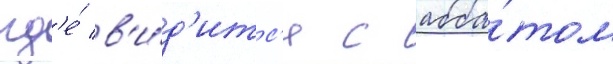
гд'е́ в'и́д'итс'я с абба́том